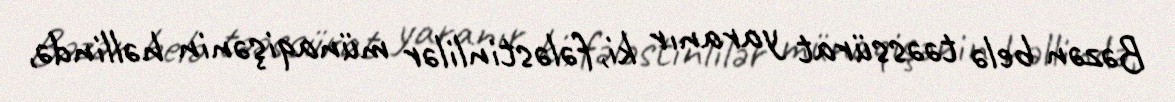
Bəzən belə təəssürat yaranır ki, fələstinlilər münaqişənin həllində,